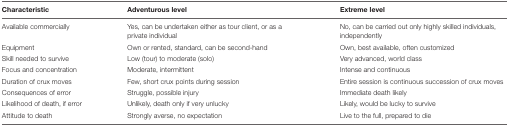
<table><thead><tr><td><b>Characteristic</b></td><td><b>Adventurous level</b></td><td><b>Extreme level</b></td></tr></thead><tbody><tr><td>Available commercially</td><td>Yes, can be undertaken either as tour client, or as a private individual</td><td>No, can be carried out only highly skilled individuals, independently</td></tr><tr><td>Equipment</td><td>Own or rented, standard, can be second-hand</td><td>Own, best available, often customized</td></tr><tr><td>Skill needed to survive</td><td>Low (tour) to moderate (solo)</td><td>Very advanced, world class</td></tr><tr><td>Focus and concentration</td><td>Moderate, intermittent</td><td>Intense and continuous</td></tr><tr><td>Duration of crux moves</td><td>Few, short crux points during session</td><td>Entire session is continuous succession of crux moves</td></tr><tr><td>Consequences of error</td><td>Struggle, possible injury</td><td>Immediate death likely</td></tr><tr><td>Likelihood of death, if error</td><td>Unlikely, death only if very unlucky</td><td>Likely, would be lucky to survive</td></tr><tr><td>Attitude to death</td><td>Strongly averse, no expectation</td><td>Live to the full, prepared to die</td></tr></tbody></table>